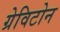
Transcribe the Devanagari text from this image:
ग्रेविटोन